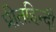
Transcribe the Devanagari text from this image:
प्रीतहिन्दी